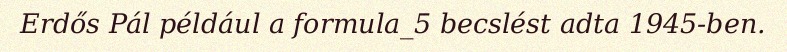
Erdős Pál például a formula_5 becslést adta 1945-ben.